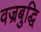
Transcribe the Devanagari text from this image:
वज्रबुद्धि